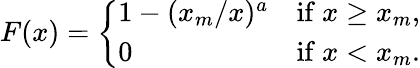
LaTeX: F(x)={\left\{ \begin{array}{ll}{1-(x_{m}/x)^{a}}&{{\mathrm{if~}}x\geq x_{m},}\\ {0}&{{\mathrm{if~}}x<x_{m}.}\end{array}\right.}